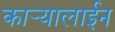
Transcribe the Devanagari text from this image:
कार्‍यालाईन